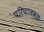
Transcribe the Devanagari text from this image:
परिघाजवळ